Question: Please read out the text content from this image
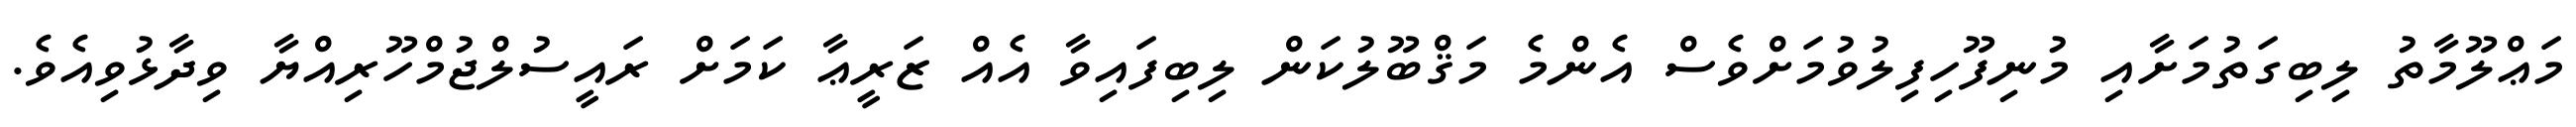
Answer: މަޢްލޫމާތު ލިބިގަތުމަށާއި މުނިފޫހިފިލުވުމަށްވެސް އެންމެ މަޤްބޫލުކަން ލިބިފައިވާ އެއް ޒަރީޢާ ކަމަށް ރައީސުލްޖުމްހޫރިއްޔާ ވިދާޅުވިއެވެ.